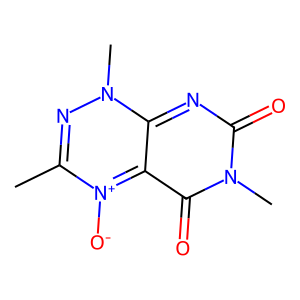
SMILES: Cc1nn(C)c2nc(=O)n(C)c(=O)c-2[n+]1[O-]
Inhibits HIV replication: No